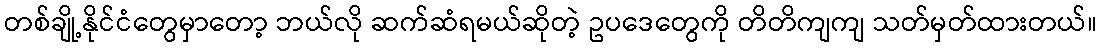
တစ်ချို့နိုင်ငံတွေမှာတော့ ဘယ်လို ဆက်ဆံရမယ်ဆိုတဲ့ ဥပဒေတွေကို တိတိကျကျ သတ်မှတ်ထားတယ်။